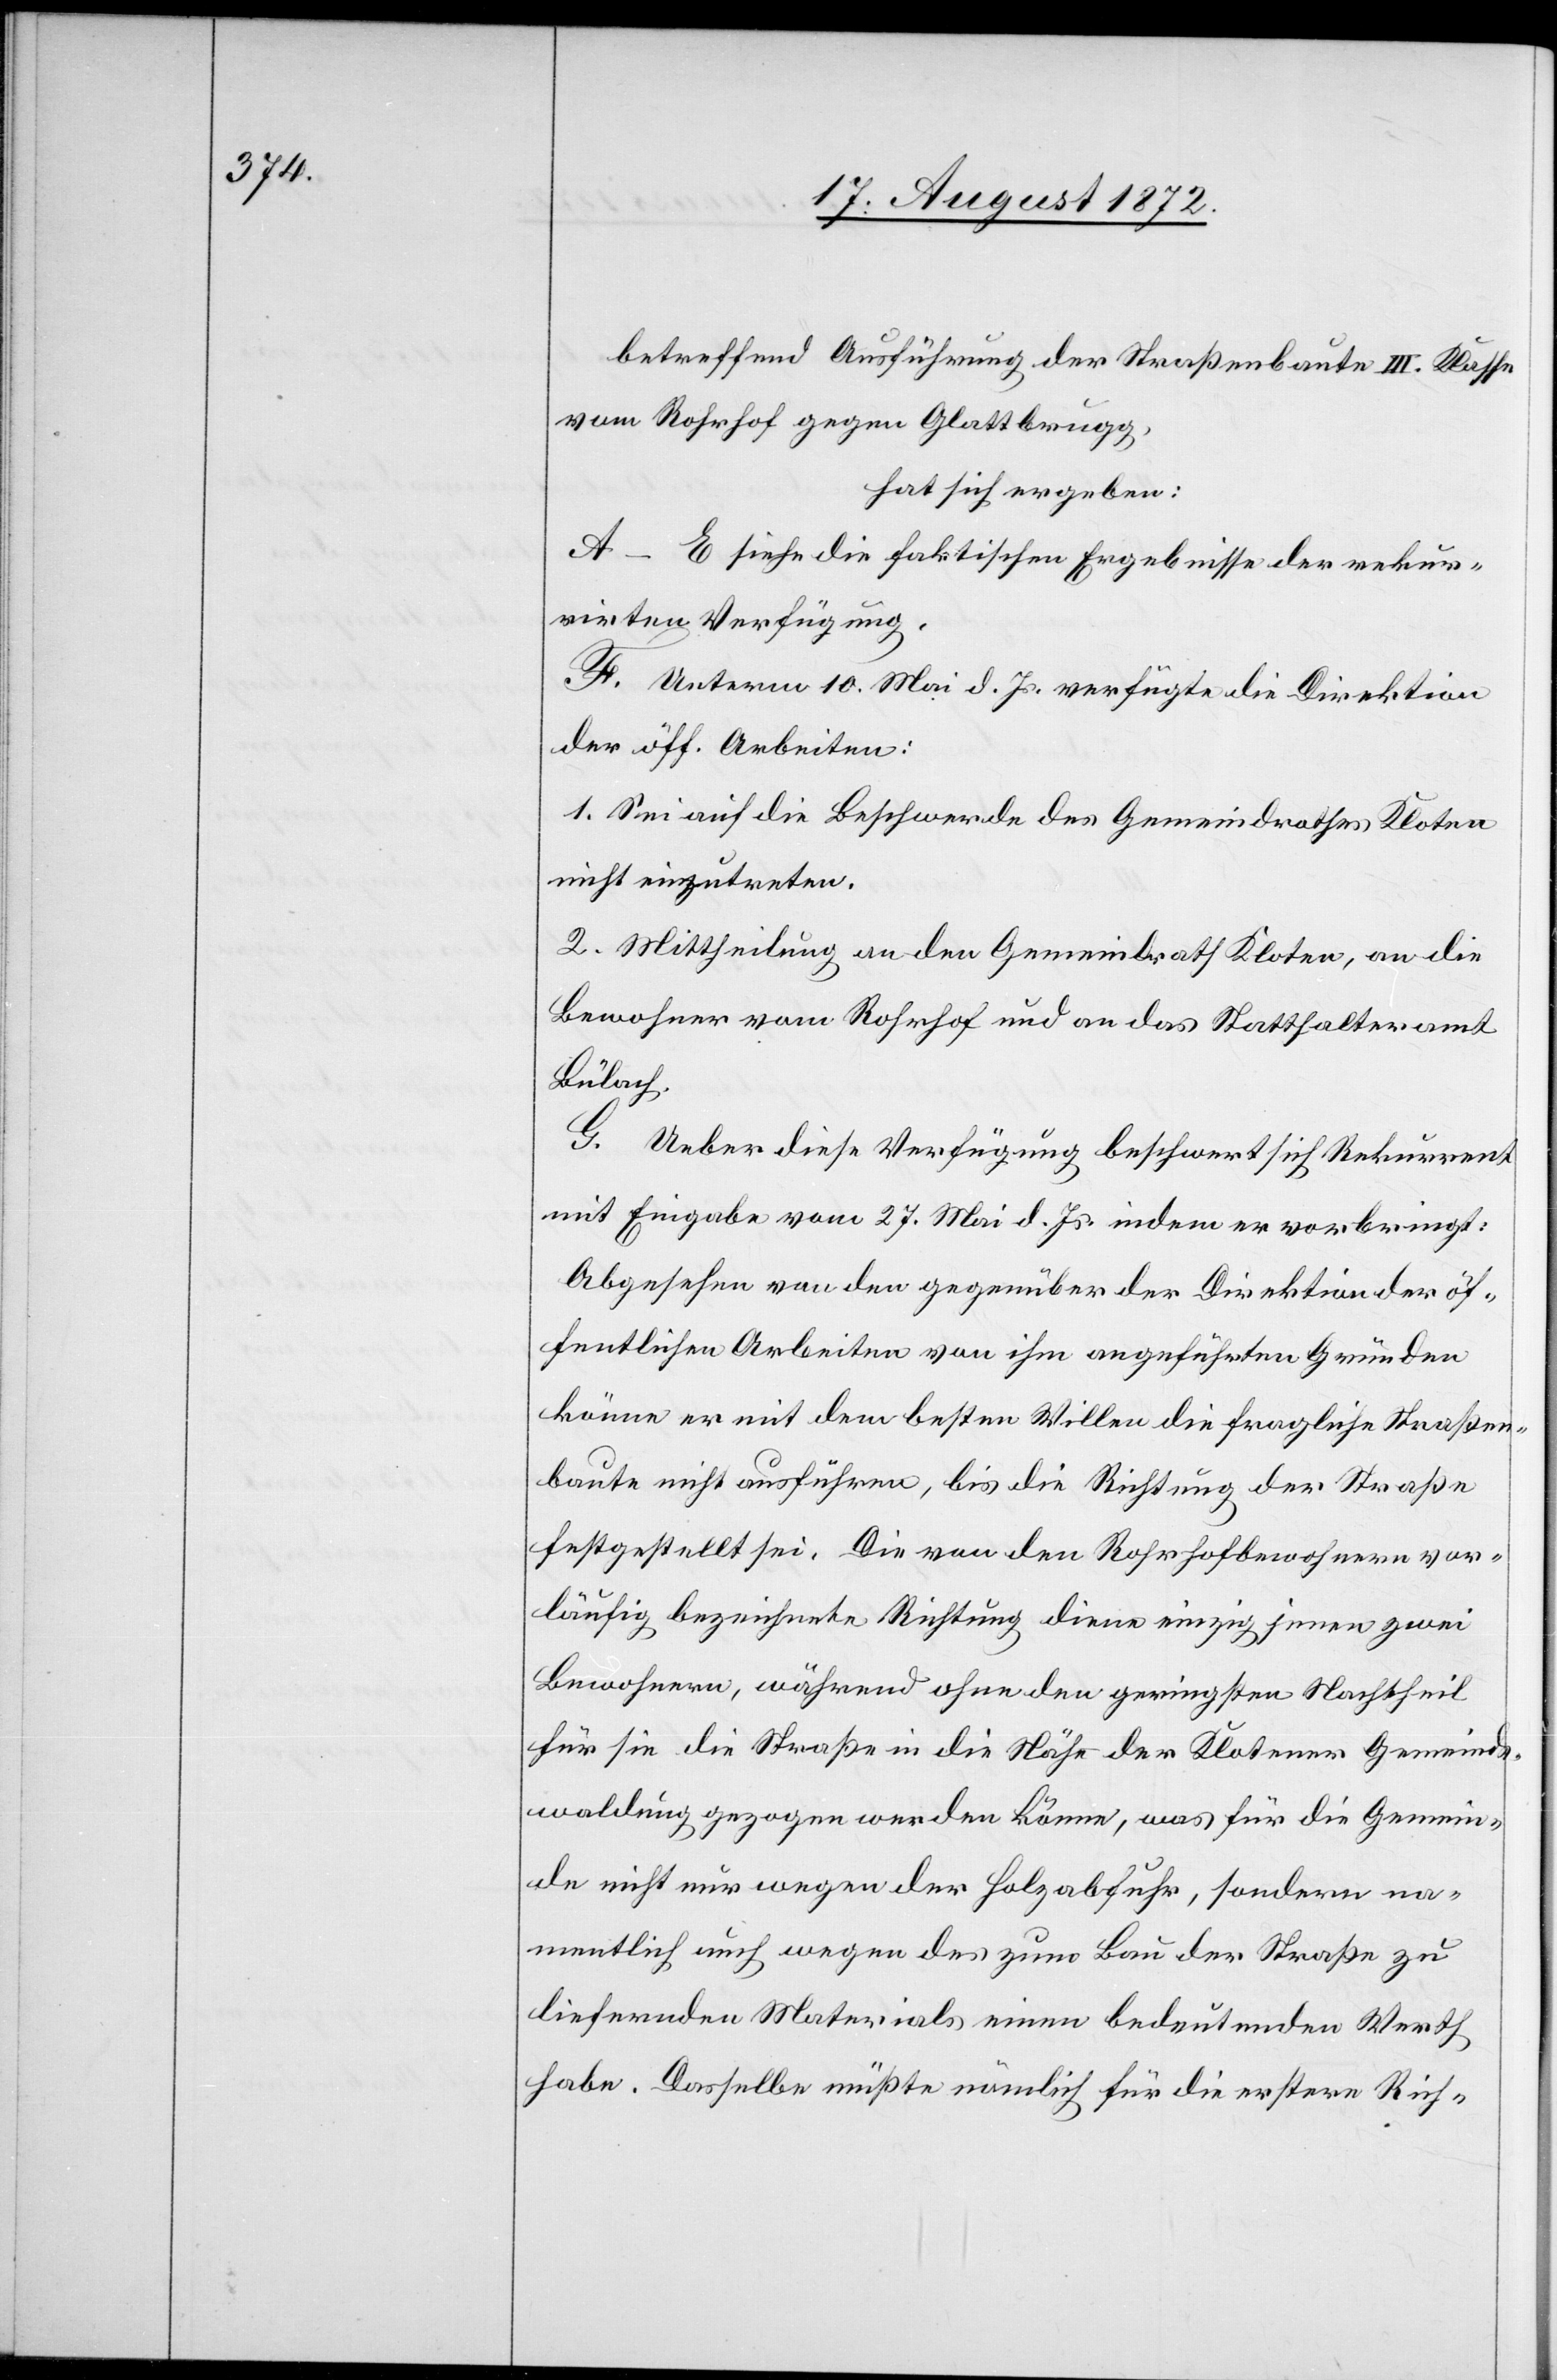
betreffend Ausführung der Straßenbaute III. Klasse
vom Rohrhof gegen Glattbrugg,
hat sich ergeben:
A–E siehe die faktischen Ergebnisse der rekur¬
rirten Verfügung.
F. Unterm 10. Mai d. Js. verfügte die Direktion
der öff. Arbeiten:
1. Sei auf die Beschwerde des Gemeindrathes Kloten
nicht einzutreten.
2. Mittheilung an den Gemeindrath Kloten, an die
Bewohner vom Rohrhof und an das stamm Bülach.
G. Ueber diese Verfügung beschwert sich Rekurrent
mit Eingabe vom 27. Mai d. Js. indem er vorbringt:
Abgesehen von den gegenüber der Direktion der öf¬
fentlichen Arbeiten von ihm abgeführten Gründen
könne er mit dem besten Willen die fragliche Straßen¬
baute nicht ausführen, bis die Richtung der Straße
festgestellt sei. Die von den Rohrhofbewohnern vor¬
läufig bezeichnete Richtung diene einzig jenen zwei
Bewohnern, während ohne den geringsten Nachtheil
für sie die Straße in die Nähe der Klotener Gemeinds¬
waldung gezogen werden könne, was für die Gemein¬
de nicht nur wegen der Holzabfuhr, sondern na¬
mentlich auch wegen des zum Bau der Straße zu
liefernden Materials einen bedeutenden Werth
habe. Dasselbe müßte nämlich für die erstere Rich-